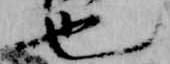
也